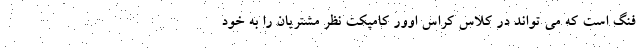
فنگ است که می تواند در کلاس کراس اوور کامپکت نظر مشتریان را به خود